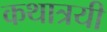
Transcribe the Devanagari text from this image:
कथात्रयी